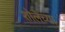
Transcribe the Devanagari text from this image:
शोलेच्या